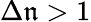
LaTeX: \Delta\mathfrak{n}>1